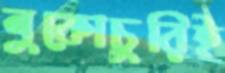
লুকোচুরিই